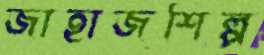
জাহাজশিল্প